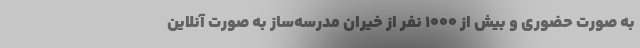
به صورت حضوری و بیش از ۱۰۰۰ نفر از خیّران مدرسه‌ساز به صورت آنلاین